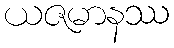
ယဇမာနဿ